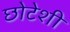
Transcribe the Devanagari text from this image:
छोटेशी